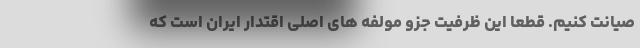
صیانت کنیم. قطعاً این ظرفیت جزو مولفه های اصلی اقتدار ایران است که